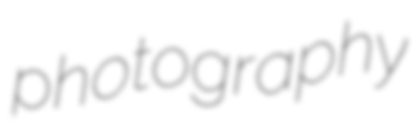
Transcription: photography